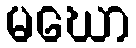
မဃော